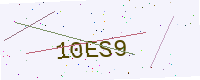
Text: 10ES9